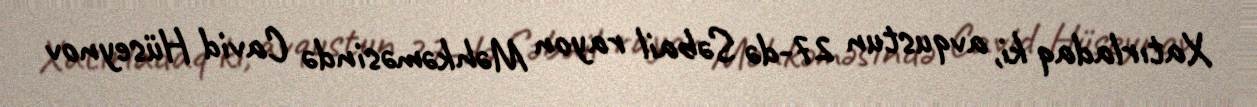
Xatırladaq ki, avqustun 27-də Səbail rayon Məhkəməsində Cavid Hüseynov